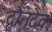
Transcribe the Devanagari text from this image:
द्रौनदेव